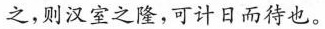
之，则汉室之隆，可计日而待也。